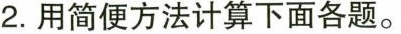
2.用简便方法计算下面各题。